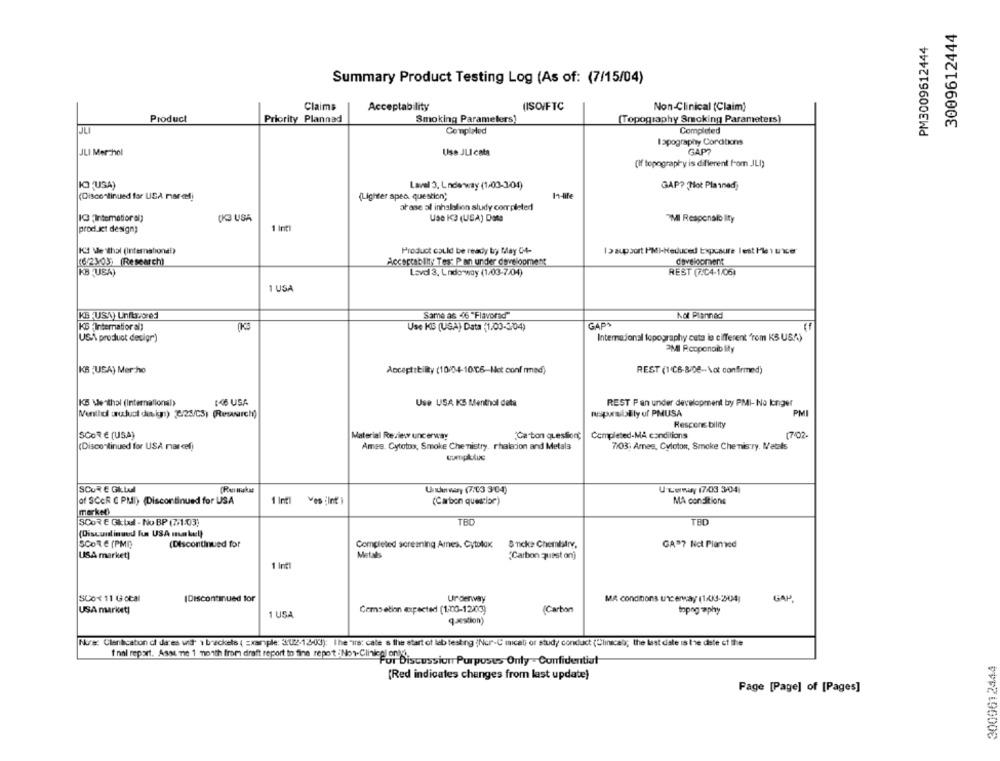
3009612444
PM3009612444
Summary Product Testing Log (As of: (7/15/04)
Claims
Acceptability
(ISO/FTC
Non-Clinical (Claim)
Product
Priority Plannad
Smoking Parameters)
[Topography Smoking Parameters)
JLI
Completed
Completed
lapography Cordtions
JLI Merchol
Use JLI cata
GAP?
(If topography is different from JLI)
Lavel 3, Lnderway (1-00-3/04)
GAP? Mot Planned)
(Discontinued for USA mar cf)
(Lighter spec. question;
orase al inhalation study completed
13 Intemetior el)
(K3 USA
Use K3 (USA) Dose
MI Responsio Ity
product design;
1 Infi
K Me thal (International)
Product could be ready by May Ct-
15 support PMI-Reduced Exposure Test Mle unice"
(6/2303) (Research)
Acceptability Tes: Pan under development
development
KB QUEA)
Level 3. Lndo way (1/03-7/04)
REST (FC4-1/06)
1 USA
KE -USA) Unflavored
Same as 46 "Flavored"
Not Planned
KS (Internatioral)
Use KS (USA) Data (1.00-3-04)
GAPS
USA product desigr)
Internajonsl topography cuta le cifferent "rom KS USA)
PMI Rcoponoib lity
KB (USA) Mercho
Acceptibility (10/04-10℃6-Het conf med)
REST (1'℃6-8/08 -- Not confirmed)
KB Menthol (International)
146 USA
Use USA KS Menthol data
REST Pan under development by PMI- No longer
PMI
Mentid uruluci design) (225/CS) (Ruswrch)
mapaubslily uf PMUSA
Respons bility
SCORE (USA)
Completed-MA conditions
17.02.
Material Review uncerway
'Ga"bon question;
(Discontinued for USA nar cf)
Ames, Cytotox, Smoke Chemistry. rhalation and Metals
7/03; Ames, Cyloton, Smoke Che niscry. Metals
compklus
SCURE GItul
Under way (7:03 3:04)
U Tenay 17/03 3/04
of SCcR ( PMI) (Discontinued for USA
1 Int1
Ves Int }
(Carbon quescior)
MA conditions
market!
SCORE Gltul - No BP (7/1-03)
TBD
TED
(Discundlimaud fus USA makel)
SCORE (PMI)
(Discontinued for
Completed screening Ames. Cytolax
& nicke Chemistry,
GA"? Nct Plamed
USA market]
Metals
"Carbon quest on)
1 Int1
SCox 11 Gotal
(Discontinued for
Underway
MA conditions uncerway (1/13-204]
GAP
USA market)
Cems etion expected (1:00-12/03)
(Carbon
1 USA
topography
q-xsion)
Nore: Clanication di da es unid 1 brackets ( Example: 3/022-12-03): The "is: cale & the start of lab testing (Ncr-C micati or study conduct (Clinical; the last diste is the dele ct the
f nal report. Assume 1 month from draft report to fine report :Non-Clinical only.
For Discussion Purposes Only - Confidentiut
3009612444
(Red indicates changes from last update)
Page [Page] of [Pages]